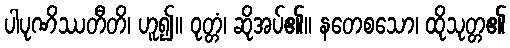
ပါပုဏိဿတီတိ၊ ဟူ၍။ ဝုတ္တံ၊ ဆိုအပ်၏။ နတေစသော၊ ထိုသုတ္တ၏